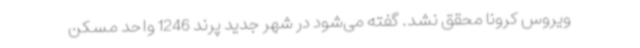
ویروس کرونا محقق نشد. گفته می‌شود در شهر جدید پرند 1246 واحد مسکن